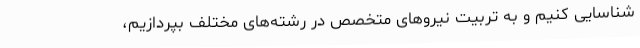
شناسایی کنیم و به تربیت نیروهای متخصص در رشته‌های مختلف بپردازیم،